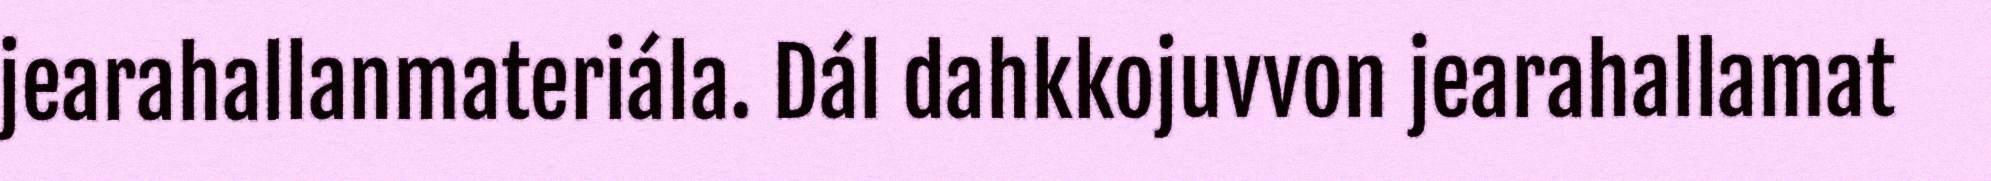
jearahallanmateriála. Dál dahkkojuvvon jearahallamat